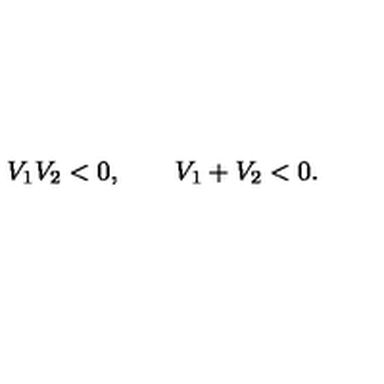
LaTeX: V _ { 1 } V _ { 2 } < 0 , \qquad V _ { 1 } + V _ { 2 } < 0 .